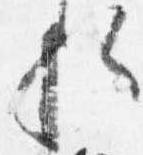
歟